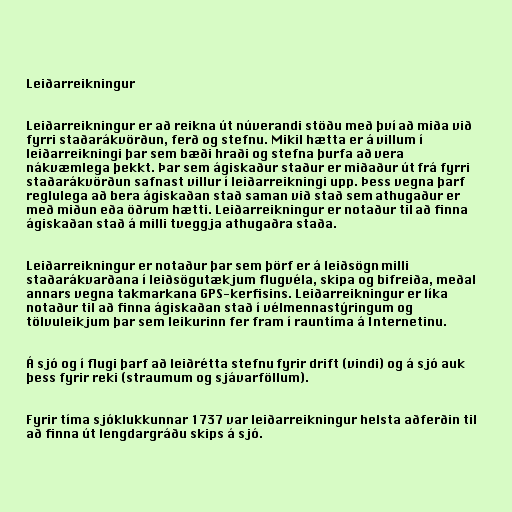
Leiðarreikningur

Leiðarreikningur er að reikna út núverandi stöðu með því að miða við
fyrri staðarákvörðun, ferð og stefnu. Mikil hætta er á villum í
leiðarreikningi þar sem bæði hraði og stefna þurfa að vera
nákvæmlega þekkt. Þar sem ágiskaður staður er miðaður út frá fyrri
staðarákvörðun safnast villur í leiðarreikningi upp. Þess vegna þarf
reglulega að bera ágiskaðan stað saman við stað sem athugaður er
með miðun eða öðrum hætti. Leiðarreikningur er notaður til að finna
ágiskaðan stað á milli tveggja athugaðra staða.

Leiðarreikningur er notaður þar sem þörf er á leiðsögn milli
staðarákvarðana í leiðsögutækjum flugvéla, skipa og bifreiða, meðal
annars vegna takmarkana GPS-kerfisins. Leiðarreikningur er líka
notaður til að finna ágiskaðan stað í vélmennastýringum og
tölvuleikjum þar sem leikurinn fer fram í rauntíma á Internetinu.

Á sjó og í flugi þarf að leiðrétta stefnu fyrir drift (vindi) og á sjó auk
þess fyrir reki (straumum og sjávarföllum).

Fyrir tíma sjóklukkunnar 1737 var leiðarreikningur helsta aðferðin til
að finna út lengdargráðu skips á sjó.